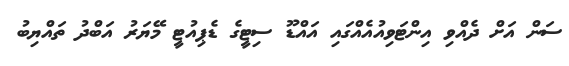
ސަން އަށް ދެއްވި އިންޓަވިއުއެއްގައި އައްޑޫ ސިޓީގެ ޑެޕިއުޓީ މޭޔަރު އަބްދު ތައްޔިބު